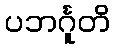
ပဘင်္ဂူတိ